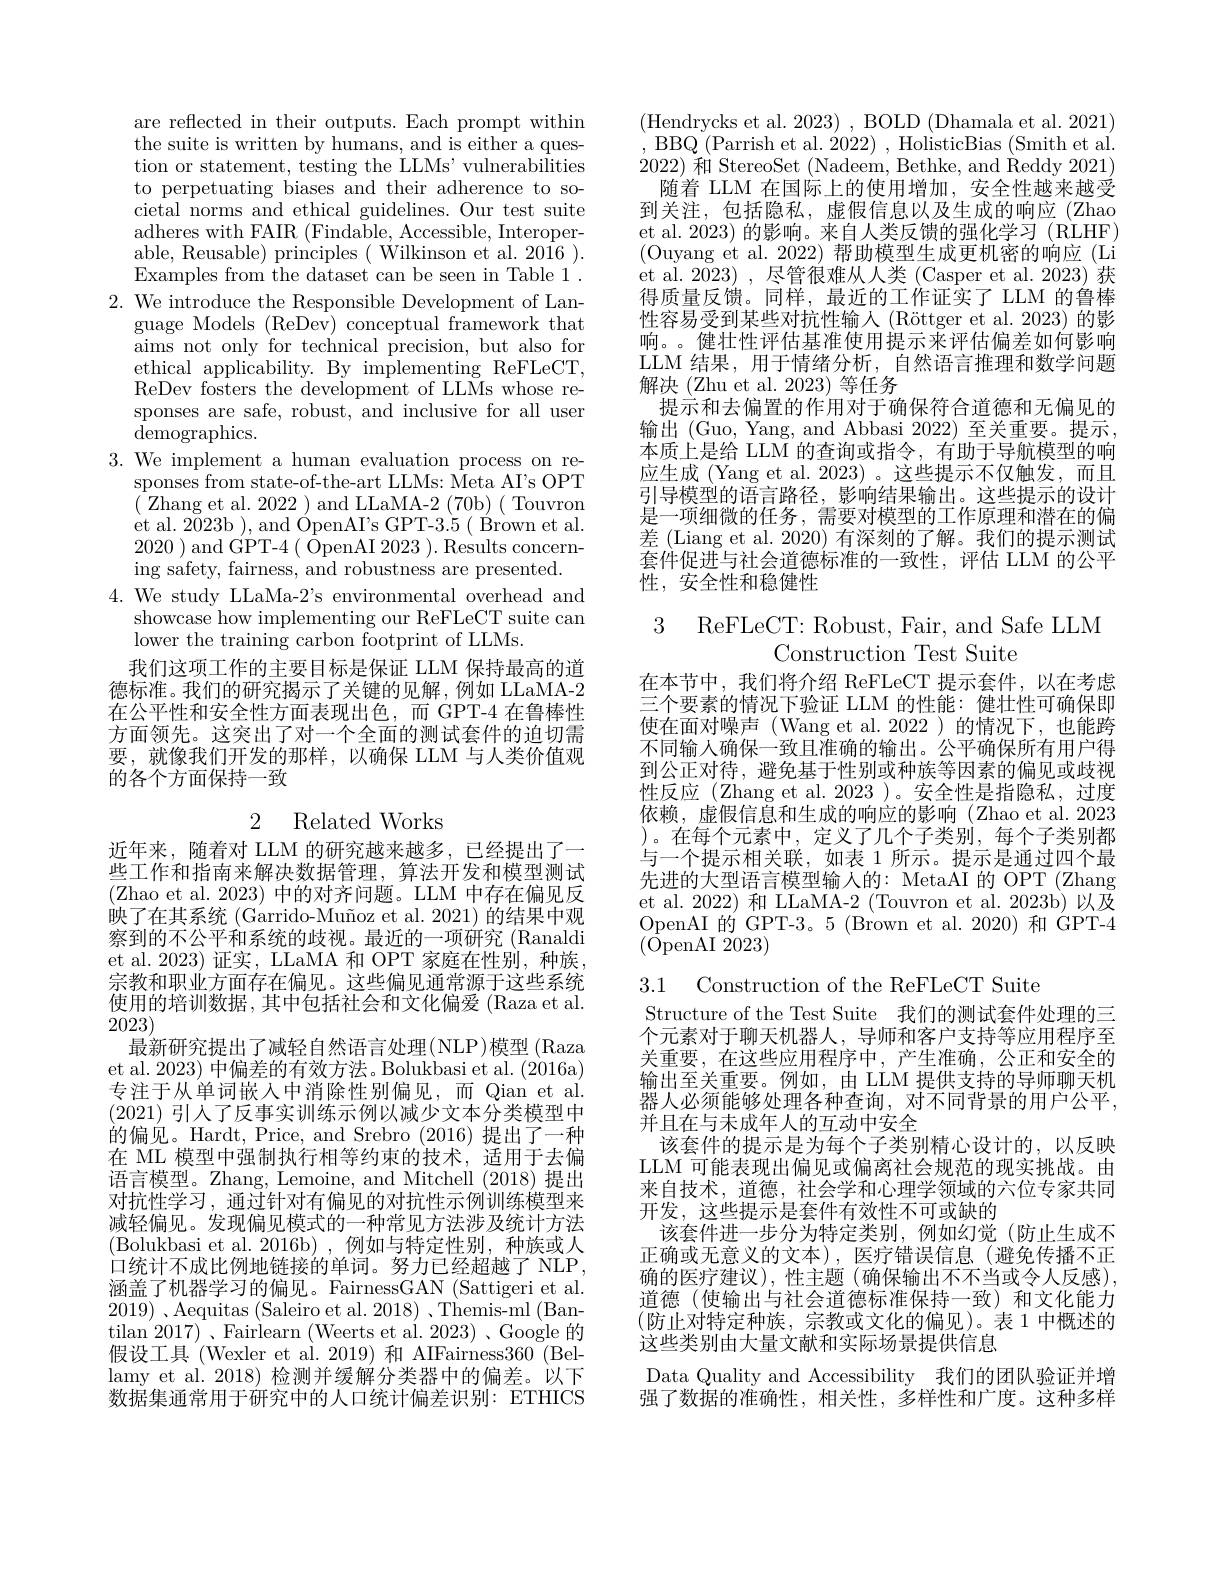
are reflected in their outputs. Each prompt within the suite is written by humans, and is either a question or statement, testing the LLMs' vulnerabilities to perpetuating biases and their adherence to societal norms and ethical guidelines. Our test suite adheres with FAIR $(\bar{\text{Findable, Accessible, Interoper-}}$ able, Reusable) principles( Wilkinson et al. 2016 ). Examples from the dataset can be seen in Table 1 .
$2.{\text{ We introduce the Responsible Development of Lan-}}$
guage Models (ReDev) conceptual framework that aims not only for technical precision, but also for ethical applicability. By implementing ReFLeCT, ReDev fosters the development of LLMs whose responses are safe, robust, and inclusive for all user ${\mathrm{demographics.}}$
3. We implement a human evaluation process on re-
sponses from state-of-the-art LLMs: $\bar{\text{Meta AI's OPT}}$ ( Zhang et al. 2022 ) and LLaMA-2 (70b) ( Touvron et al. 2$\bar{0}$23b ) , and $\acute{O}$penA$I^{\prime }$s GPT- 3. 5 ( $\dot{B}$rown et al. 2020 )and GPT-4( OpenAI 2023 ). Results concerning safety, fairness, and robustness are presented.
4. We study LLaMa-2's environmental overhead and
showcase how implementing our ReFLeCT suite can
lower the training carbon footprint of LLMs.
我们这项工作的主要目标是保证 LLM 保持最高的道德标准。我们的研究揭示了关键的见解，例如 LLaMA-2在公平性和安全性方面表现出色，而 GPT-4 在鲁棒性方面领先。这突出了对一个全面的测试套件的迫切需要，就像我们开发的那样，以确保 LLM 与人类价值观

的各个方面保持一致

### 2 Related Works

近年来，随着对 LLM 的研究越来越多，已经提出了一些工作和指南来解决数据管理，算法开发和模型测试(Zhao et al. 2023)中的对齐问题。LLM 中存在偏见反映了在其系统 (Garrido-Muñoz et al. 2021) 的结果中观察到的不公平和系统的歧视。最近的一项研究 (Ranaldi et al. 2023) 证实，LLaMA 和 OPT 家庭在性别，种族， 宗教和职业方面存在偏见。这些偏见通常源于这些系统使用的培训数据，其中包括社会和文化偏爱(Raza et al. 2023)
最新研究提出了减轻自然语言处理(NLP)模型 (Raza et al. 2023) 中偏差的有效方法。Bolukbasi et al. (2016a) 专注于从单词嵌人中消除性别偏见，而 Qian et al (2021)引人了反事实训练示例以减少文本分类模型中的偏见。Hardt, Price, and Srebro (2016)提出了一种在 ML 模型中强制执行相等约束的技术，适用于去偏语言模型。Zhang, Lemoine, and Mitchell (2018) 提出对抗性学习，通过针对有偏见的对抗性示例训练模型来减轻偏见。发现偏见模式的一种常见方法涉及统计方法(Bolukbasi et al. 2016b),例如与特定性别，种族或人口统计不成比例地链接的单词。努力已经超越了 NLP, 涵盖了机器学习的偏见。FairnessGAN (Sattigeri et al 2019) $、$Aequitas (Saleiro et al. 2018) 、Themis-ml (Ban- $\operatorname{tilan}2017)$、Fairlearn (Weerts et al.2023)、Google 的假设工具 (Wexler et al.2019) 和 AIFairness360 (Bellamy et al. 2018) 检测并缓解分类器中的偏差。以下数据集通常用于研究中的人口统计偏差识别：ETHICS

(Hendrycks et al. 2023), BOLD (Dhamala et al. 2021) , BBQ (Parrish et al. 2022) , HolisticBias (Smith et al. 2022)和 StereoSet (Nadeem, Bethke, and Reddy 2021)
随着 LLM 在国际上的使用增加，安全性越来越受到关注，包括隐私，虚假信息以及生成的响应(Zhao et al. 2023) 的影响。来自人类反馈的强化学习 (RLHF) (Ouyang et al. 2022) 帮助模型生成更机密的响应 (Li et al. 2023) , 尽管很难从人类(Casper et al.2023)获得质量反馈。同样，最近的工作证实了 LLM 的鲁棒性容易受到某些对抗性输入(Röttger et al.2023)的影响。。健壮性评估基准使用提示来评估偏差如何影响LLM 结果，用于情绪分析，自然语言推理和数学问题解决(Zhu et al. 2023)等任务
提示和去偏置的作用对于确保符合道德和无偏见的输出 (Guo, Yang, and Abbasi 2022)至关重要。提示， 本质上是给 LLM 的查询或指令，有助于导航模型的响应生成 (Yang et al. 2023) 。这些提示不仅触发，而且引导模型的语言路径，影响结果输出。这些提示的设计是一项细微的任务，需要对模型的工作原理和潜在的偏差 (Liang et al. 2020) 有深刻的了解。我们的提示测试套件促进与社会道德标准的一致性，评估 LLM 的公平性，安全性和稳健性

3 ReFLeCT: Robust, Fair, and Safe LLM

Construction Test Suite
在本节中，我们将介绍 ReFLeCT 提示套件，以在考虑三个要素的情况下验证 LLM 的性能：健壮性可确保即使在面对噪声(Wang et al.2022)的情况下，也能跨不同输入确保一致且准确的输出。公平确保所有用户得到公正对待，避免基于性别或种族等因素的偏见或歧视性反应(Zhang et al. 2023)。安全性是指隐私，过度依赖，虚假信息和生成的响应的影响(Zhao et al.2023 )。在每个元素中、定义了几个子类别，每个子类别都与一个提示相关联，如表 1 所示。提示是通过四个最先进的大型语言模型输入的：MetaAI 的 OPT (Zhang et al. 2022) 和 LLaMA-2 (Touvron et al. 2023b) 以及OpenAI 的 GPT-3。5 (Brown et al. 2020) 和 GPT-4 (OpenAI 2023)

3.1 Construction of the ReFLeCT Suite

Structure of the Test Suite 我们的测试套件处理的三个元素对于聊天机器人，导师和客户支持等应用程序至关重要，在这些应用程序中，产生准确，公正和安全的输出至关重要。例如，由 LLM 提供支持的导师聊天机器人必须能够处理各种查询，对不同背景的用户公平， 并且在与未成年人的互动中安全
该套件的提示是为每个子类别精心设计的，以反映LLM 可能表现出偏见或偏离社会规范的现实挑战。由来自技术，道德，社会学和心理学领域的六位专家共同开发，这些提示是套件有效性不可或缺的
该套件进一步分为特定类别，例如幻觉(防止生成不正确或无意义的文本),医疗错误信息(避免传播不正确的医疗建议),性主题(确保输出不不当或令人反感), 道德(使输出与社会道德标准保持一致)和文化能力(防止对特定种族，宗教或文化的偏见)。表 1 中概述的这些类别由大量文献和实际场景提供信息
Data Quality and Accessibility 我们的团队验证并增强了数据的准确性，相关性，多样性和广度。这种多样